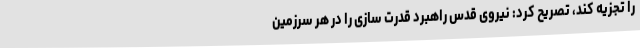
را تجزیه کند، تصریح کرد: نیروی قدس راهبرد قدرت سازی را در هر سرزمین